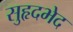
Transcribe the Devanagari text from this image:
सुहृदभेद